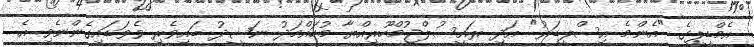
އެމްޑީޕީގެ "އެންމެ އިސްލީޑަރު" އަދި ރައީސުލްޖުމްހޫރިއްޔާ މުހައްމަދު ނަޝީދު ބައިވެރި ވެވަޑައިގެންނެވި އެ